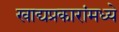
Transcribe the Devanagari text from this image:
खाद्यप्रकारांमध्ये